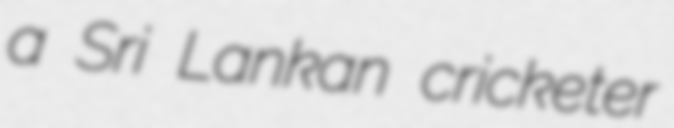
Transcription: a Sri Lankan cricketer